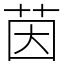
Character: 茵